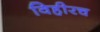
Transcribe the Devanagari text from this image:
विहीरच